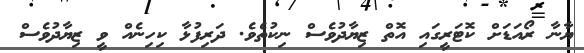
ޔާނާ ރޯއަޑަށް ކޮޓަރީގައި އޮތް ޒިޔާދުވެސް ނިކުތެވެ. ދަރިފުޅާ ކިހިނެއް ވީ ޒިޔާދުވެސް